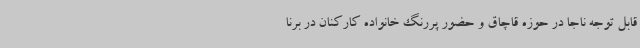
قابل توجه ناجا در حوزه قاچاق و حضور پررنگ خانواده کارکنان در برنا